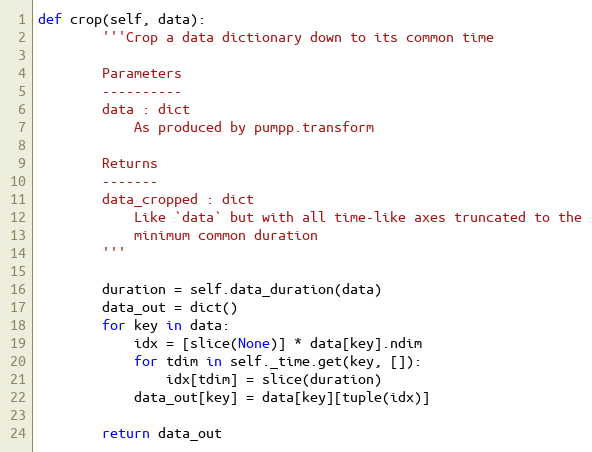
Language: Python
def crop(self, data):
        '''Crop a data dictionary down to its common time

        Parameters
        ----------
        data : dict
            As produced by pumpp.transform

        Returns
        -------
        data_cropped : dict
            Like `data` but with all time-like axes truncated to the
            minimum common duration
        '''

        duration = self.data_duration(data)
        data_out = dict()
        for key in data:
            idx = [slice(None)] * data[key].ndim
            for tdim in self._time.get(key, []):
                idx[tdim] = slice(duration)
            data_out[key] = data[key][tuple(idx)]

        return data_out